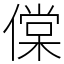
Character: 㒉